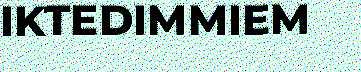
IKTEDIMMIEM